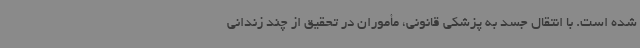
شده است. با انتقال جسد به پزشکی قانونی، مأموران در تحقیق از چند زندانی